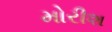
મોરીશ